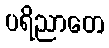
ပရိညာတေ